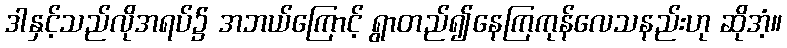
ဒါနှင့်သည်လိုအရပ်၌ အဘယ်ကြောင့် ရွာတည်၍နေကြကုန်လေသနည်းဟု ဆိုအံ့။